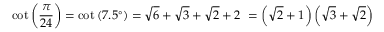
\cot \left( { \frac { \pi } { 2 4 } } \right) = \cot \left( 7 . 5 ^ { \circ } \right) = { \sqrt { 6 } } + { \sqrt { 3 } } + { \sqrt { 2 } } + 2 \ = \left( { \sqrt { 2 } } + 1 \right) \left( { \sqrt { 3 } } + { \sqrt { 2 } } \right)